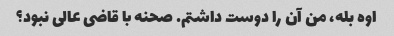
اوه بله، من آن را دوست داشتم. صحنه با قاضی عالی نبود؟